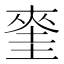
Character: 𭑝